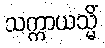
သက္ကာယသ္မိံ